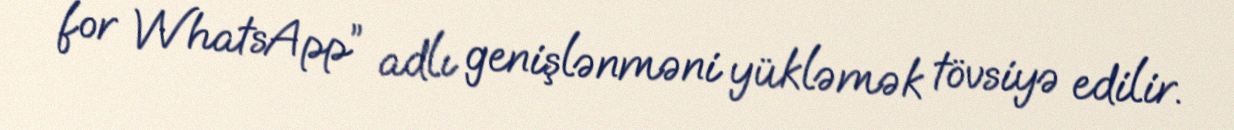
for WhatsApp” adlı genişlənməni yükləmək tövsiyə edilir.